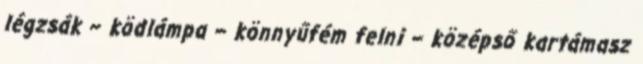
légzsák – ködlámpa – könnyűfém felni – középső kartámasz